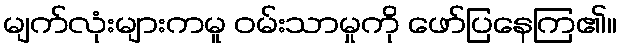
မျက်လုံးများကမူ ဝမ်းသာမှုကို ဖော်ပြနေကြ၏။